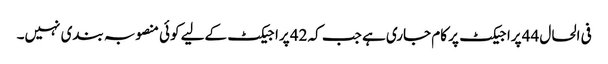
فی الحال 44 پراجیکٹ پر کام جاری ہے جب کہ 42 پراجیکٹ کےلیے کوئی منصوبہ بندی نہیں۔